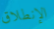
الإنطلاق